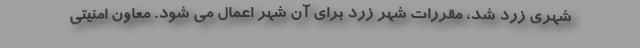
شهری زرد شد، مقررات شهر زرد برای آن شهر اعمال می شود. معاون امنیتی